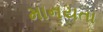
માનયતા